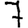
Digit: 7